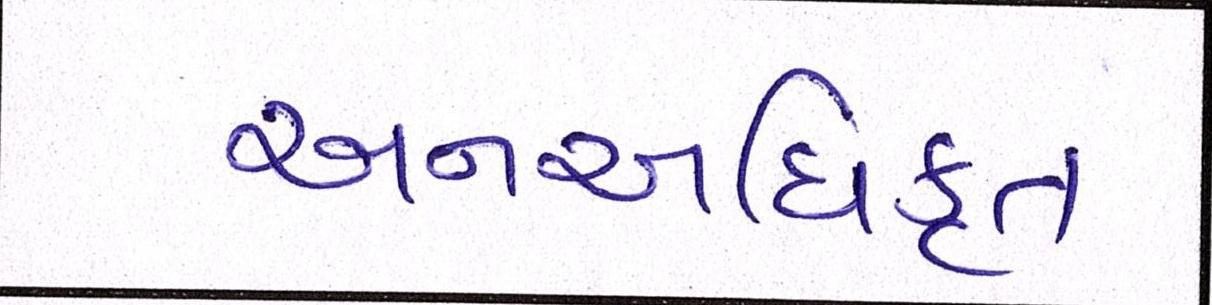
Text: અનઅધિકૃત